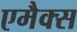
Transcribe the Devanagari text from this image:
एमैक्स